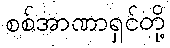
စစ်အာဏာရှင်တို့